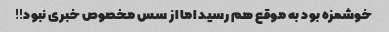
خوشمزه بود به موقع هم رسید اما از سس مخصوص خبری نبود!!